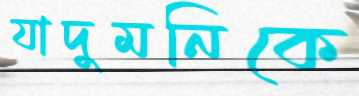
যাদুমনিকে